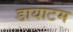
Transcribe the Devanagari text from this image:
डायाटम